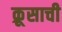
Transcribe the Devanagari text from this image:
क्रूसाची